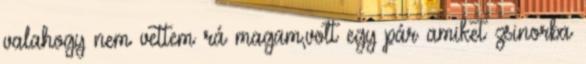
valahogy nem vettem rá magam,volt egy pár amiket zsinorba